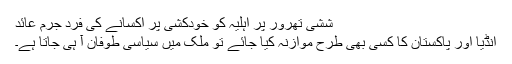
ششی تھرور پر اہلیہ کو خودکشی پر اکسانے کی فرد جرم عائد
انڈیا اور پاکستان کا کسی بھی طرح موازنہ کیا جائے تو ملک میں سیاسی طوفان آ ہی جاتا ہے۔